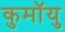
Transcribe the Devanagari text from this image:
कुमॉयु